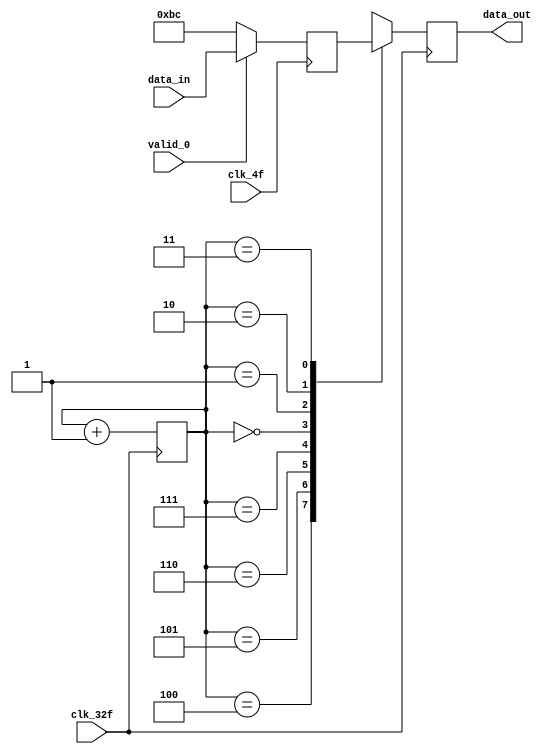
// Fecha: 20-10-2021
// Convertidor seal serial-paralelo
// Version 1.0

// Mdulo con la lgica del convertidor de seales
module paralelo_serial (
    input clk_4f,
    input clk_32f,
    input valid_0,
    input [7:0] data_in,
    output reg data_out
);
    
    reg [7:0] data2send;            // Cable para almacenar la seal para la salida en 8 bits
    reg [2:0] contador = 3'b000;    // Contador para sincronizar salida data_out

    always @(posedge clk_4f) begin
    if (valid_0 == 1) begin
        data2send <= data_in;        // Asignar data_in a data2out
    end
        

    else begin
        data2send <= 8'hBC;          // En caso de que valid sea 0 se le asigna hex(BC)
    end
        
    end

    always @(posedge clk_32f) begin         // Logica para convertir seal paralelo a serial
        case (contador)
            3'b100: data_out = data2send[7];
            3'b101: data_out = data2send[6];
            3'b110: data_out = data2send[5];
            3'b111: data_out = data2send[4];
            3'b000: data_out = data2send[3];
            3'b001: data_out = data2send[2];
            3'b010: data_out = data2send[1];
            3'b011: data_out = data2send[0];
            default: data_out = 1'b0;
        endcase
    
    contador = contador + 1;                // Aumentar el contador
    end


endmodule